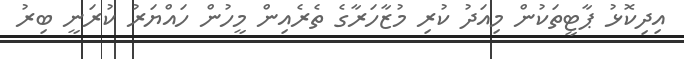
އިދިކޮޅު ޕާޓީތަކުން މިއަދު ކުރި މުޒާހަރާގެ ތެރެއިން މީހުން ހައްޔަރު ކުރަނީ ބިރު